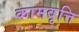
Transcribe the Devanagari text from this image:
कामवृत्ति